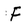
Character: F